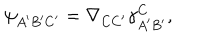
\psi _ { A ^ { \prime } B ^ { \prime } C ^ { \prime } } = \nabla _ { C C ^ { \prime } } \gamma _ { A ^ { \prime } B ^ { \prime } } ^ { C } ,